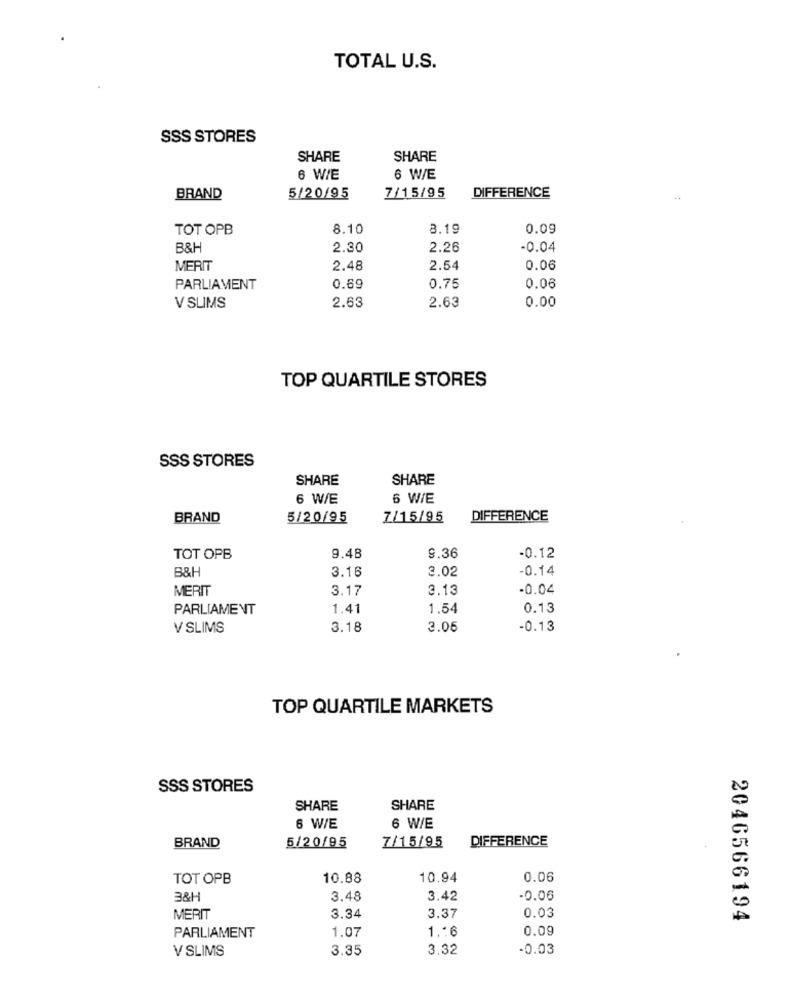
TOTAL U.S.
SSS STORES
SHARE
SHARE
6 WIE
6 W/E
BRAND
5/20/95
7/15/95
DIFFERENCE
TOT OPB
8.10
8.19
0.09
B&H
2.30
2.26
-0.04
MERIT
2.48
2.54
0.06
PARLIAMENT
0.69
0.75
0.06
2.63
2.63
V SLIMS
0.00
TOP QUARTILE STORES
SSS STORES
SHARE
SHARE
6 W/E
6 WIE
BRAND
5/20/95
7/15/95
DIFFERENCE
8.36
-0.12
TOT OPB
9.48
B&H
3.16
3.02
-0.14
MERIT
3.17
2.13
-0.04
PARLIAMENT
1.41
1.54
0.13
V SLIMS
3.18
3.05
-0.13
TOP QUARTILE MARKETS
SSS STORES
SHARE
SHARE
6 WIE
6 W/E
BRAND
7/15/95
DIFFERENCE
5/20/95
TOT OPB
10.88
10.94
0.06
3&H
3.48
3.42
-0.06
3.37
MERIT
3.34
0.03
2046566194
1.07
1.16
0.09
PARLIAMENT
V SLIMS
3.35
3.32
-0.03